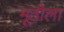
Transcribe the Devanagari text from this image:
मूठीला